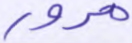
مرور